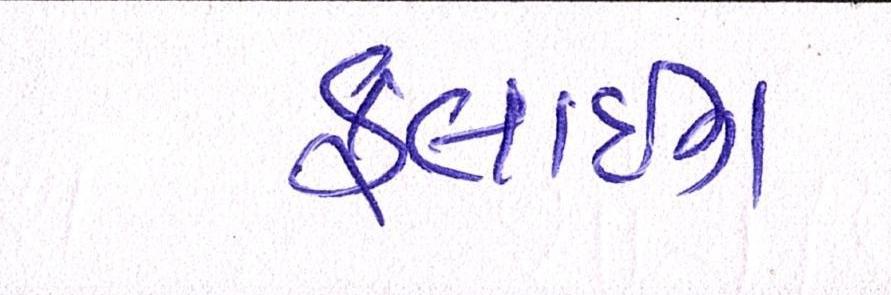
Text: ફ્લાઇંગ